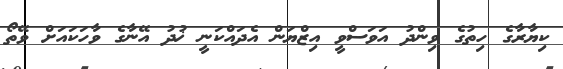
ކިޔާރާގެ ހިތުގެ ވިންދު އަވަސްވީ އިޒްޔަން އެދައްކަނީ ޚުދު އޭނާގެ ވާހަކައަށް ވޭތޯ